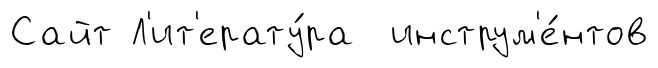
Сайт Л'ит'ерату́ра инструм'е́нтов